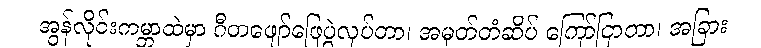
အွန်လိုင်းကမ္ဘာထဲမှာ ဂီတဖျော်ဖြေပွဲလုပ်တာ၊ အမှတ်တံဆိပ် ကြော်ငြာတာ၊ အခြား